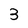
Character: 3